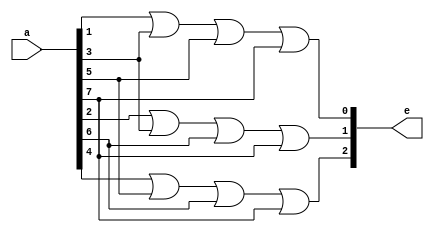
`timescale 1ns / 1ps
//////////////////////////////////////////////////////////////////////////////////
// Company: 
// Engineer: 
// 
// Design Name: 
// Module Name: encoder_8_3
// Project Name: 
// Target Devices: 
// Tool Versions: 
// Description: 
// 
// Dependencies: 
// 
// Revision:
// Revision 0.01 - File Created
// Additional Comments:
// 
//////////////////////////////////////////////////////////////////////////////////


module encoder_8_3(
    input [7:0] a,
    output [2:0] e
    );
    assign e[0]=a[1]|a[3]|a[5]|a[7];
    assign e[1]=a[2]|a[3]|a[6]|a[7];
    assign e[2]=a[4]|a[5]|a[6]|a[7];
    
    
endmodule